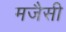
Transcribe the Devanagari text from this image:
मजैसी